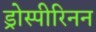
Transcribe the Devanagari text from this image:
ड्रोस्पीरिनन